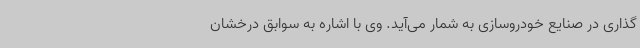
گذاری در صنایع خودروسازی به شمار می‌آید. وی با اشاره به سوابق درخشان